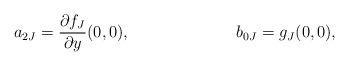
LaTeX: \begin{align*}a_{2J} &= \frac{\partial f_J}{\partial y}(0,0), &b_{0J} &= g_J(0,0),\end{align*}